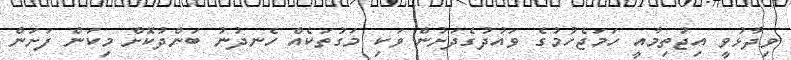
ވިދާޅުވީ އިޖުތިމާއީ ހަމަޖެހުމުގެ ވައުދުގެދަށުން ވަކި މަގުތަކެއް ހެނދުނު ބަންދުކޮށް މިކަން ފަށަން